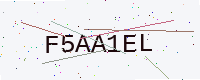
Text: F5AA1EL